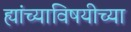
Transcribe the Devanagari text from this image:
ह्यांच्याविषयीच्या